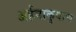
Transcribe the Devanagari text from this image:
अर्हनाकुवाण